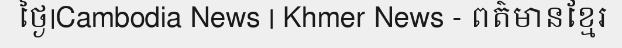
ថ្ងៃ|Cambodia News | Khmer News - ពត៌មានខ្មែរ